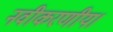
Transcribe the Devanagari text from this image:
नवीकरणीय।